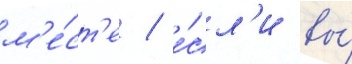
м'е́ст'е / е́сл'и вы́